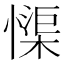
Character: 𱟏